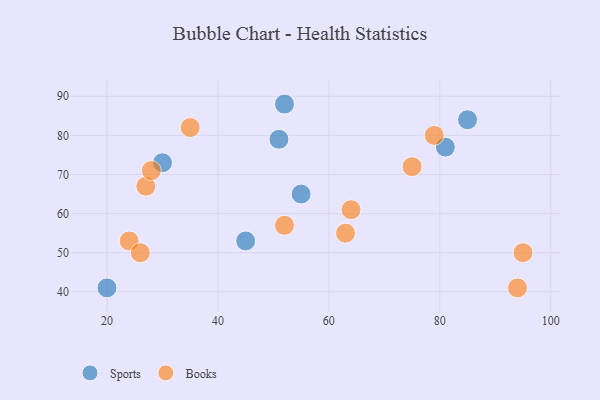
{"axis": {"x": "GDP", "y": "Life Expectancy"}, "legend": ["Books", "Sports"], "data": [{"x": "52", "y": 88, "type": "Sports"}, {"x": "20", "y": 41, "type": "Sports"}, {"x": "55", "y": 65, "type": "Sports"}, {"x": "30", "y": 73, "type": "Sports"}, {"x": "51", "y": 79, "type": "Sports"}, {"x": "81", "y": 77, "type": "Sports"}, {"x": "85", "y": 84, "type": "Sports"}, {"x": "45", "y": 53, "type": "Sports"}, {"x": "79", "y": 80, "type": "Books"}, {"x": "63", "y": 55, "type": "Books"}, {"x": "52", "y": 57, "type": "Books"}, {"x": "27", "y": 67, "type": "Books"}, {"x": "95", "y": 50, "type": "Books"}, {"x": "28", "y": 71, "type": "Books"}, {"x": "94", "y": 41, "type": "Books"}, {"x": "64", "y": 61, "type": "Books"}, {"x": "35", "y": 82, "type": "Books"}, {"x": "24", "y": 53, "type": "Books"}, {"x": "26", "y": 50, "type": "Books"}, {"x": "75", "y": 72, "type": "Books"}]}